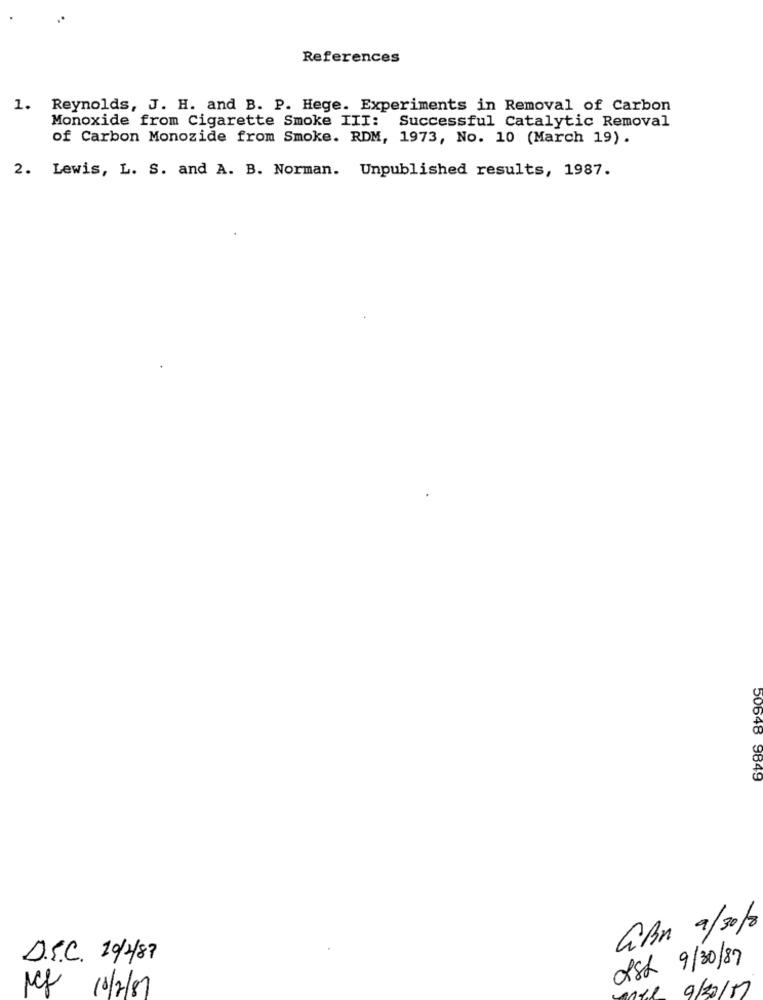
References
1. Reynolds, J. H. and B. P. Hege. Experiments in Removal of Carbon
Monoxide from Cigarette Smoke III: Successful Catalytic Removal
of Carbon Monozide from Smoke. RDM, 1973, No. 10 (March 19).
2. Lewis, L. S. and A. B. Norman. Unpublished results, 1987.
50648 9849
GRn 9/2010
D.S.C. 10/1/87
2st 9/30/87
Ncf 10/2/81
9/30/17